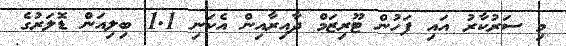
މި ސަރުކާރު އައި ފަހުން ޓޫރިޒަމް ދާއިރާއިން އެކަނި 1.1 ބިލިއަން ޑޮލަރުގެ